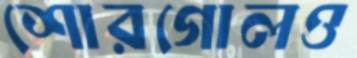
শোরগোলও